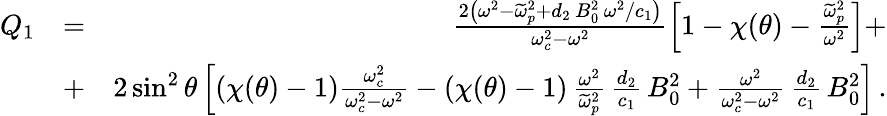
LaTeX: \begin{array}{rlr}{Q_{1}}&{=}&{\frac{2\left(\omega^{2}-\widetilde{\omega}_{p}^{2}+d_{2}\, B_{0}^{2}\, \omega^{2}/c_{1}\right)}{\omega_{c}^{2}-\omega^{2}}\left[1-\chi(\theta)-\frac{\widetilde{\omega}_{p}^{2}}{\omega^{2}}\right]+}\\ &{+}&{2\sin^{2}\theta\left[(\chi(\theta)-1)\frac{\omega_{c}^{2}}{\omega_{c}^{2}-\omega^{2}}-(\chi(\theta)-1)\, \frac{\omega^{2}}{\widetilde{\omega}_{p}^{2}}\, \frac{d_{2}}{c_{1}}\, B_{0}^{2}+\frac{\omega^{2}}{\omega_{c}^{2}-\omega^{2}}\, \frac{d_{2}}{c_{1}}\, B_{0}^{2}\right]\, .}\end{array}